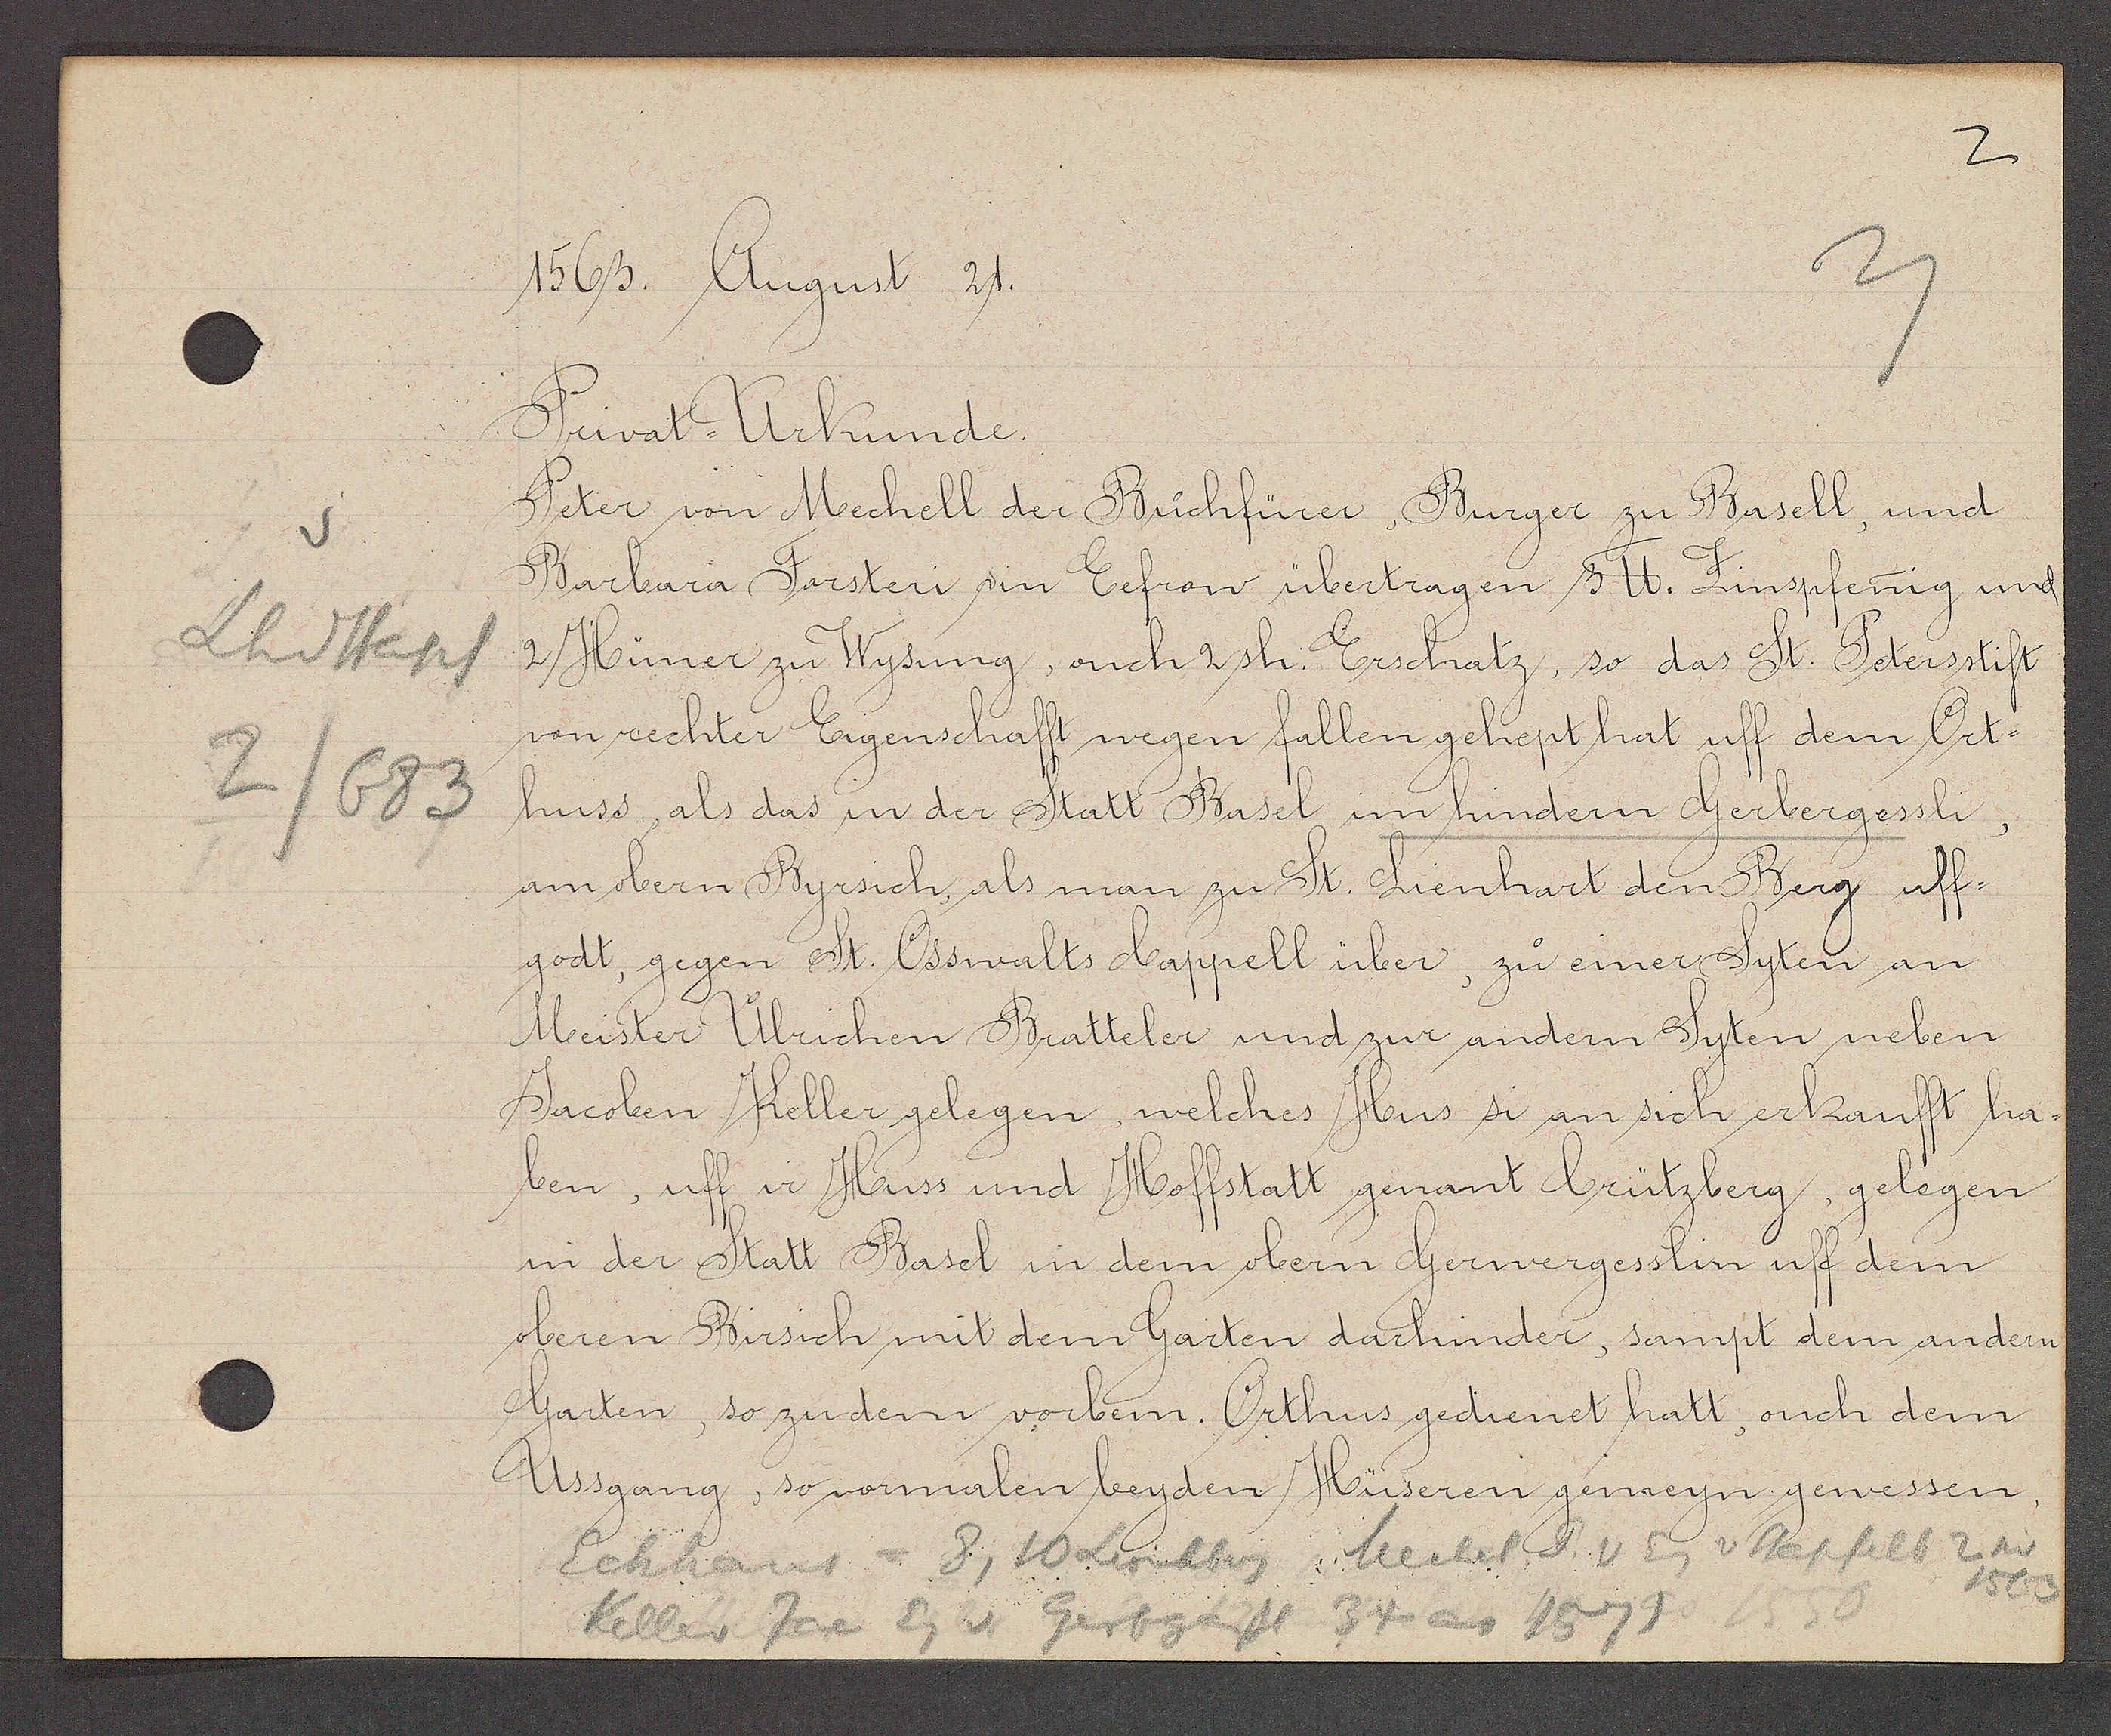
Transcript:
Lhdstapf
2/683

1563. August 21.

Privat- Urkunde.
Peter von Mechell der Buchfürer, Burger zu Basell und
Barbara Forsteri sin Eefrow übertragen 3℔. Zinspfenig und
2 Hüner zu Wysung, auch 2 sh. Erschatz, so das St. Petersstift
von rechter Eigenschafft wegen fallen gehept hat uff dem Ort¬
huss, als das in der Statt Basel im hindern Gerbergessli,
am obern Byrsich, als man zu St. Lienhart den Berg uff
godt, gegen St. Osswalts Cappell über, zu einer Syten an
Meister Ulrichen Bratteler und zur andern Syten neben
Jacoben Keller gelegen, welches Hus si an sich erkaufft ha¬
ben, uff ir Huss und Hoffstatt genant brützberg, gelegen
in der Statt Basel in dem obern Gerwergesslin uff dem
oberen Birsich mit dem Garten darhinder, sampt dem andern
Garten, so zu dem vorbem. Orthus gedienet hatt, ouch dem
Ussgang, so vormalen beyden Hüseren gemeyn gewessen,

Eckhaus = 8, 10 Leonhberg, Mechel P. v Eig v Stapfelb 2 sit
1563
Keller Jac Eg v Gerbgasse 34 ao 1574